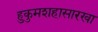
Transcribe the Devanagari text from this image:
हुकुमशहासारखा